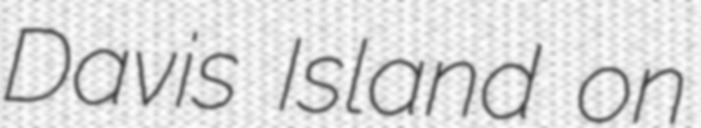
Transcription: Davis Island on